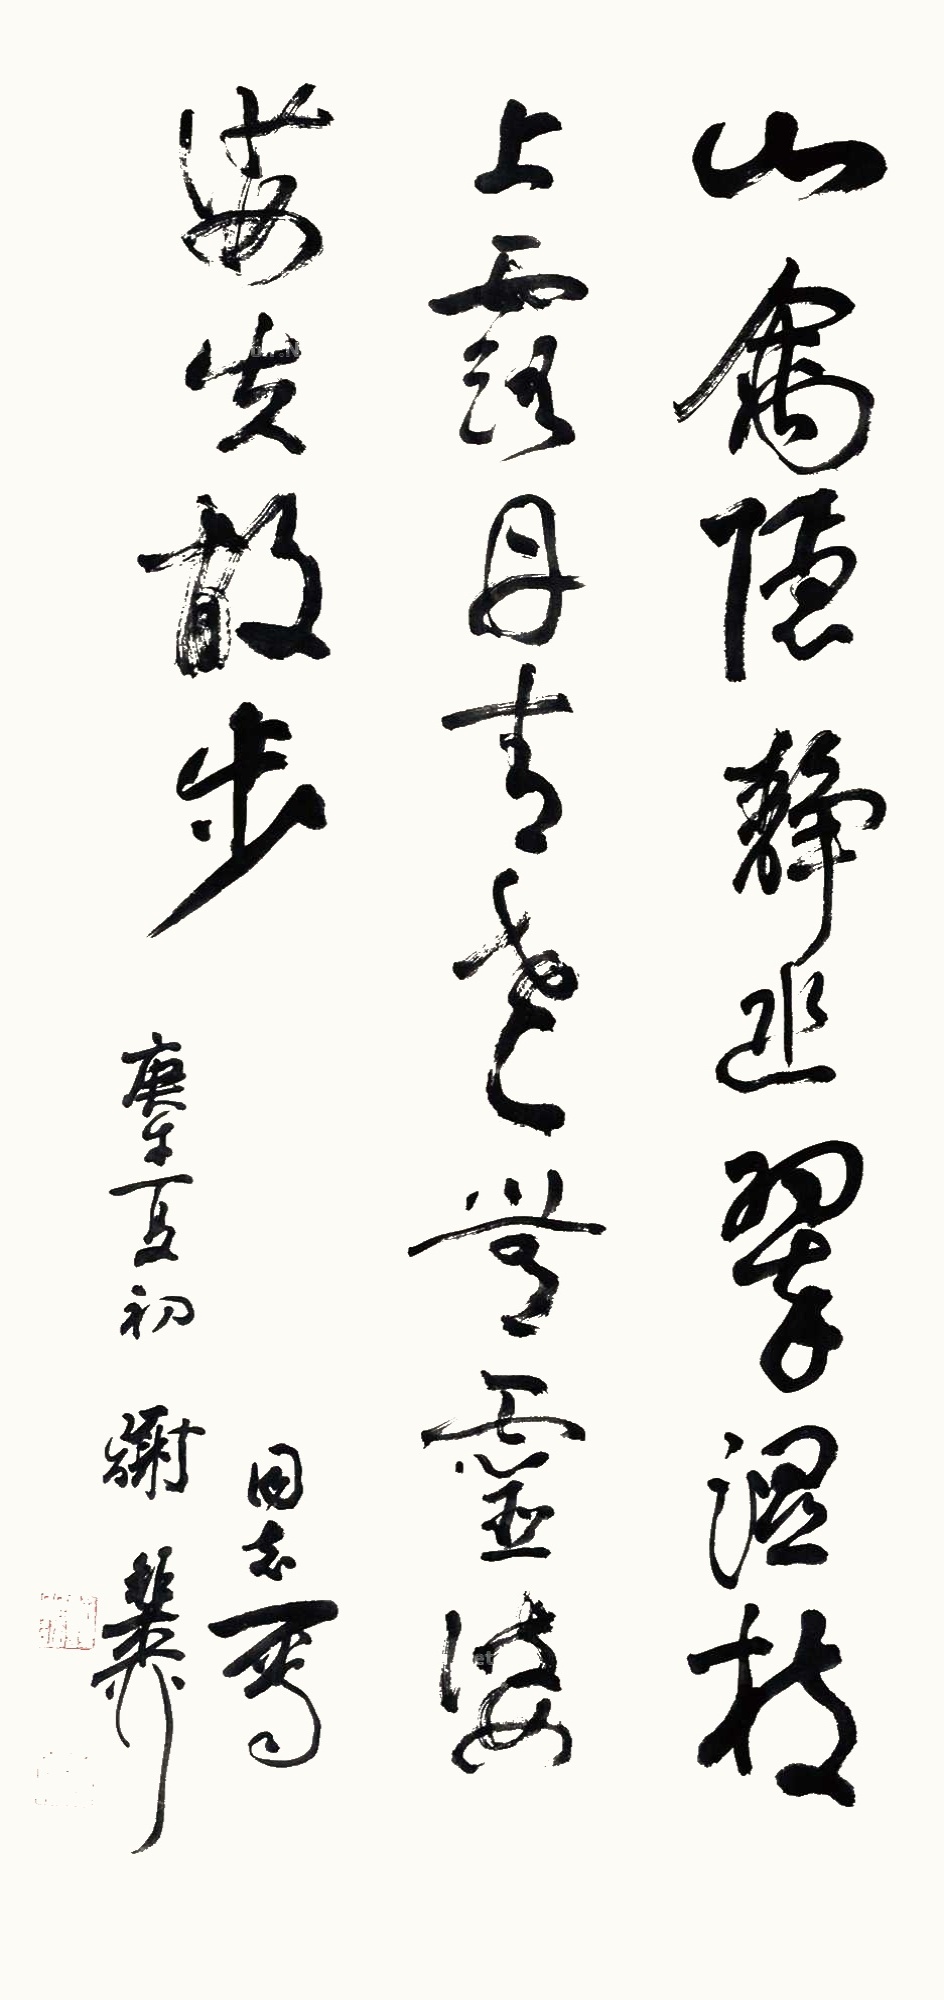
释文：山禽隐静幽，翠湿枝上露。丹青世无灵，婆娑失故步。□□同志属，庚午夏初，谢稚柳。